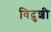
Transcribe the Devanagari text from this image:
विदुशी